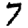
Digit: 7